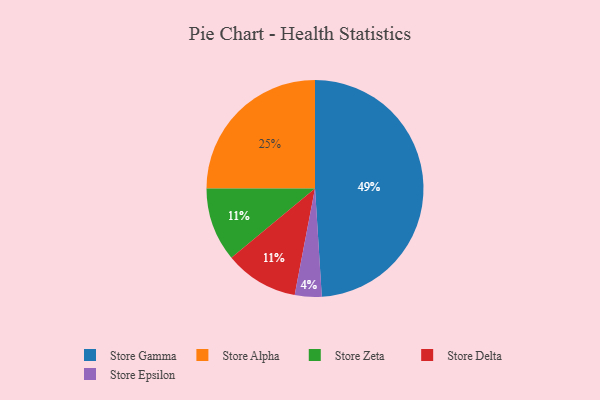
{"axis": {"x": "Category", "y": "Percentage"}, "legend": ["Store Alpha", "Store Delta", "Store Epsilon", "Store Gamma", "Store Zeta"], "data": [{"x": "Store Gamma", "y": 49, "type": "Store Gamma"}, {"x": "Store Alpha", "y": 25, "type": "Store Alpha"}, {"x": "Store Epsilon", "y": 4, "type": "Store Epsilon"}, {"x": "Store Zeta", "y": 11, "type": "Store Zeta"}, {"x": "Store Delta", "y": 11, "type": "Store Delta"}]}